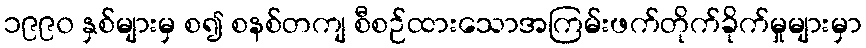
၁၉၉၀ နှစ်များမှ စ၍ စနစ်တကျ စီစဉ်ထားသောအကြမ်းဖက်တိုက်ခိုက်မှုများမှာ